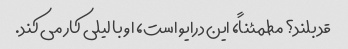
قد بلند؟ مطمئناً، این درایو است، او با لیلی کار می کند.